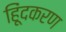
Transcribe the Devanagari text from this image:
हिूंदकरण